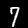
Label: 7